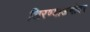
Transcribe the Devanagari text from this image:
शिरण्याअगोदर